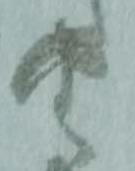
由